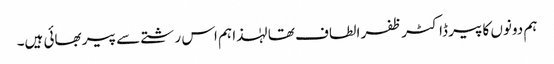
ہم دونوں کا پیر ڈاکٹر ظفر الطاف تھا لہٰذا ہم اس رشتے سے پیر بھائی ہیں۔